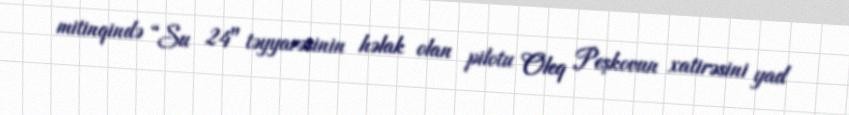
mitinqində “Su 24" təyyarəsinin həlak olan pilotu Oleq Peşkovun xatirəsini yad